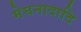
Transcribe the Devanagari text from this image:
मेघनादादि